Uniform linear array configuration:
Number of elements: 64
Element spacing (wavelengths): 0.5
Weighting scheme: cosine
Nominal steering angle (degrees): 45
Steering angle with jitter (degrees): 45.547
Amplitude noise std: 0.05
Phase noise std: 0.05

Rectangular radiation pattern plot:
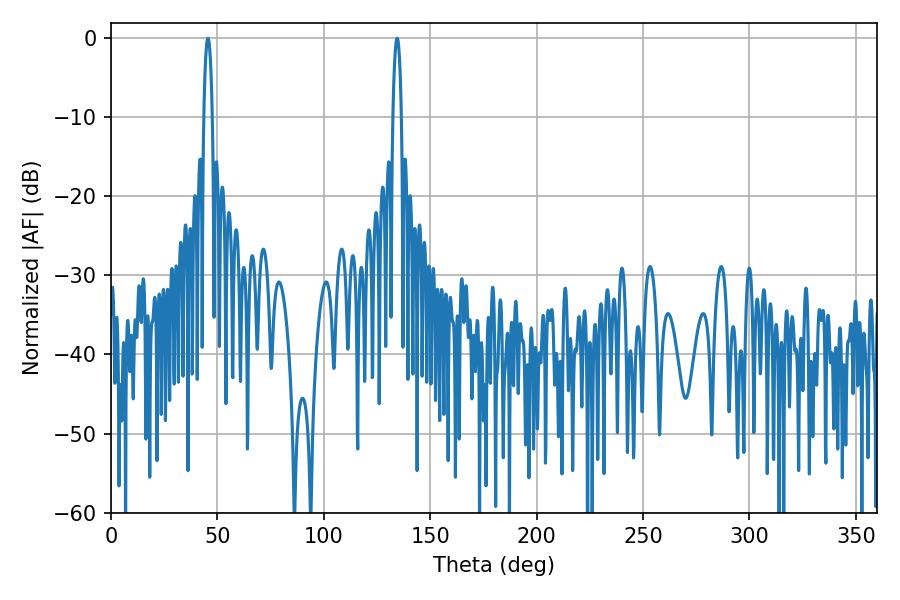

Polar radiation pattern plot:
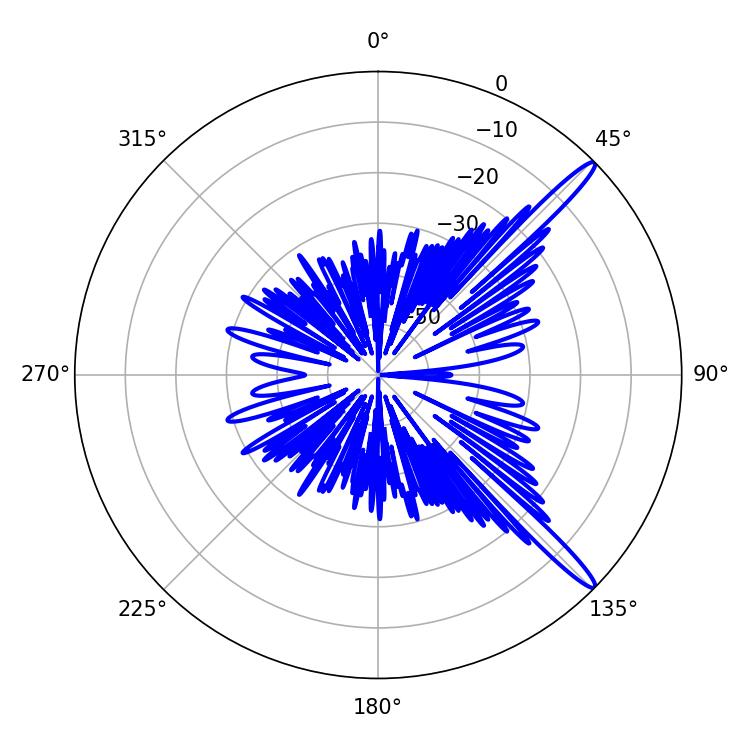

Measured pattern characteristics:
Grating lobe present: FALSE
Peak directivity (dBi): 14.945
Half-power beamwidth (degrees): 2.16
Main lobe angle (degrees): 45.54